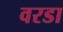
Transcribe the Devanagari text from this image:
वरडा